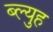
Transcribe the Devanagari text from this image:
ब्ल्युह